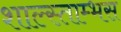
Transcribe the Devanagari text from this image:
शाल्स्ताम्भस